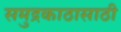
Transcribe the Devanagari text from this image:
समुद्रकाठासाठी